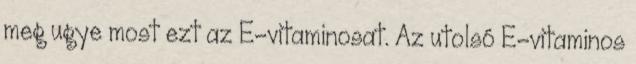
meg ugye most ezt az E-vitaminosat. Az utolsó E-vitaminos